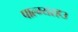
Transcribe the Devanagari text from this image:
पाल्म्यरह३